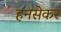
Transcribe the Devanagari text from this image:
हनसेकर